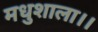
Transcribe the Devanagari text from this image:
मधुशाला।।